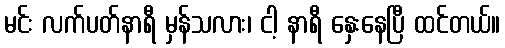
မင်း လက်ပတ်နာရီ မှန်သလား၊ ငါ့ နာရီ နှေးနေပြီ ထင်တယ်။